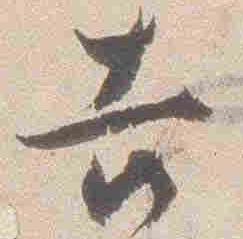
吉